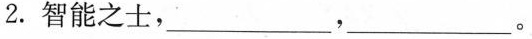
2.智能之士,___,___。